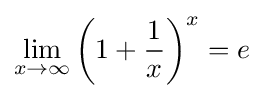
\lim _{x\rightarrow \infty }\left(1+{\frac {1}{x}}\right)^{x}=e